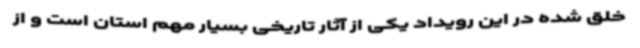
خلق شده در این رویداد یکی از آثار تاریخی بسیار مهم استان است و از